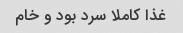
غذا کاملا سرد بود و خام